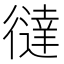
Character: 㣵